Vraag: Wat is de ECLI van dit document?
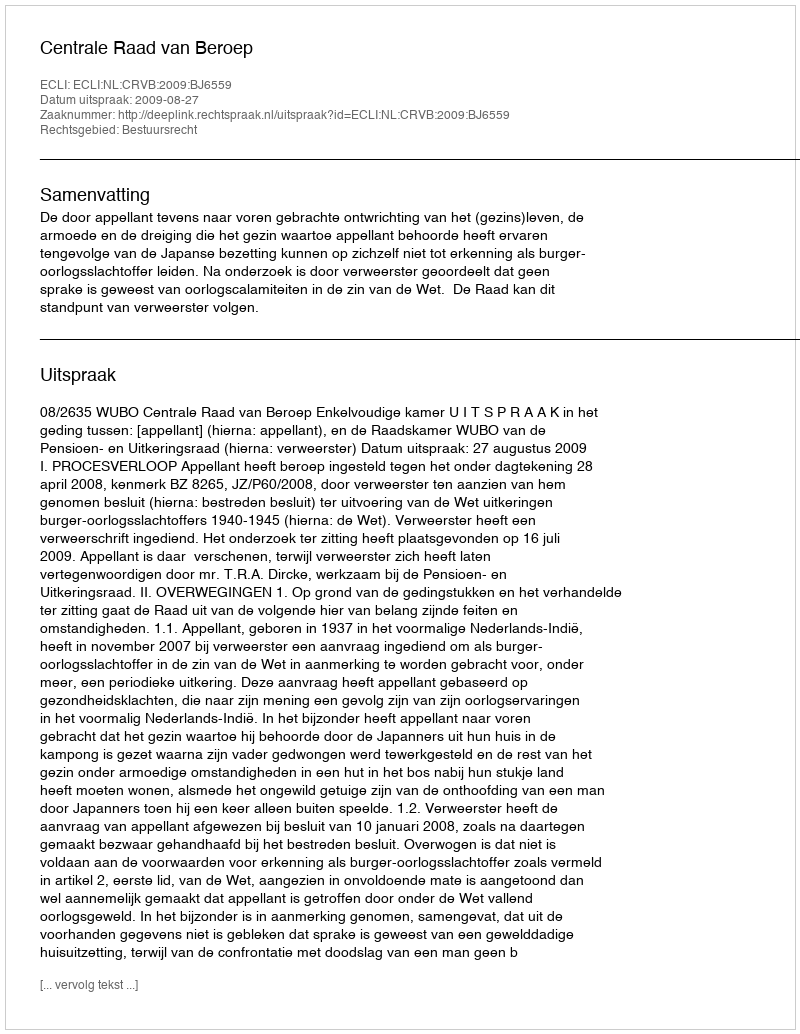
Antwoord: ECLI:NL:CRVB:2009:BJ6559